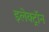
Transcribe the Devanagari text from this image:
इलेक्ट्राॅन